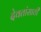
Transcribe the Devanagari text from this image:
देवतांसाठी